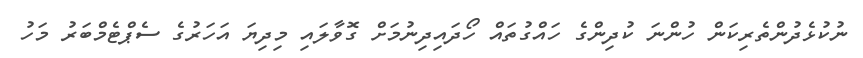
ނުކުޅެދުންތެރިކަން ހުންނަ ކުދިންގެ ހައްގުތައް ހޯދައިދިނުމަށް ގޮވާލައި މިދިޔަ އަހަރުގެ ސެޕްޓެމްބަރު މަހު